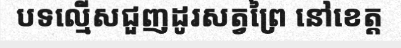
បទល្មើសជួញដូរសត្វព្រៃ នៅខេត្ត